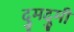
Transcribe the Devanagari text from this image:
दुमदुमी